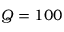
Q = 1 0 0